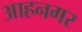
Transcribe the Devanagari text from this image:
आहनगर